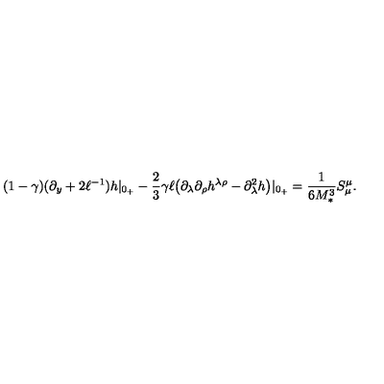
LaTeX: ( 1 - \gamma ) ( \partial _ { y } + 2 \ell ^ { - 1 } ) h | _ { 0 _ { + } } - \frac { 2 } { 3 } \gamma \ell \big ( \partial _ { \lambda } \partial _ { \rho } h ^ { \lambda \rho } - \partial _ { \lambda } ^ { 2 } h \big ) | _ { 0 _ { + } } = \frac { 1 } { 6 M _ { * } ^ { 3 } } S _ { \mu } ^ { \mu } .